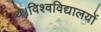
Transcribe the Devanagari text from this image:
थे।विश्वविद्यालयों